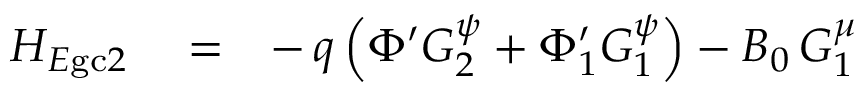
\begin{array} { r l r } { H _ { E \mathrm { g c } 2 } } & { { } = } & { - \, q \left( \Phi ^ { \prime } G _ { 2 } ^ { \psi } + \Phi _ { 1 } ^ { \prime } G _ { 1 } ^ { \psi } \right) - B _ { 0 } \, G _ { 1 } ^ { \mu } } \end{array}